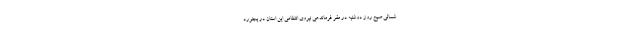
شمالی صبح روز دوشنبه در مقر فرماندهی نیروی انتظامی این استان در بجنورد